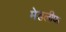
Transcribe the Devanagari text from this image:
मेडलीफ